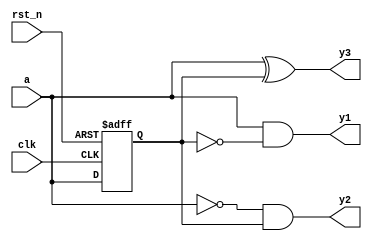
`timescale 1ns / 1ps

module edge_test(
    input clk,
    input rst_n,

    input a,
    
    output y1,
    output y2,
    output y3
    );
reg a_r ;

always @ (posedge clk or negedge rst_n) begin
    if (rst_n == 1'b0)
        a_r <= 1'b0 ;
    else
        a_r <= a;
end

assign y1 = a & ~a_r;
assign y2 = ~a & a_r;
assign y3 = a ^ a_r;

endmodule